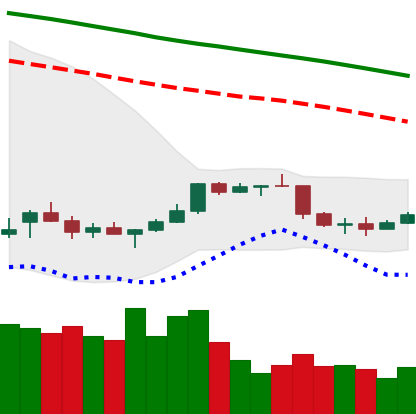
Ticker: NEO-USD
Chart end date: 2022-01-02
Forward return: -12.385%
Label: down_7plus